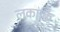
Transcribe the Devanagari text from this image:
लकाकि